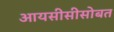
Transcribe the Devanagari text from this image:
आयसीसीसोबत